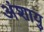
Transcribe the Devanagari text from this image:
अंशायु